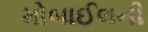
મોબાઈલની